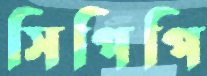
সিপিপি